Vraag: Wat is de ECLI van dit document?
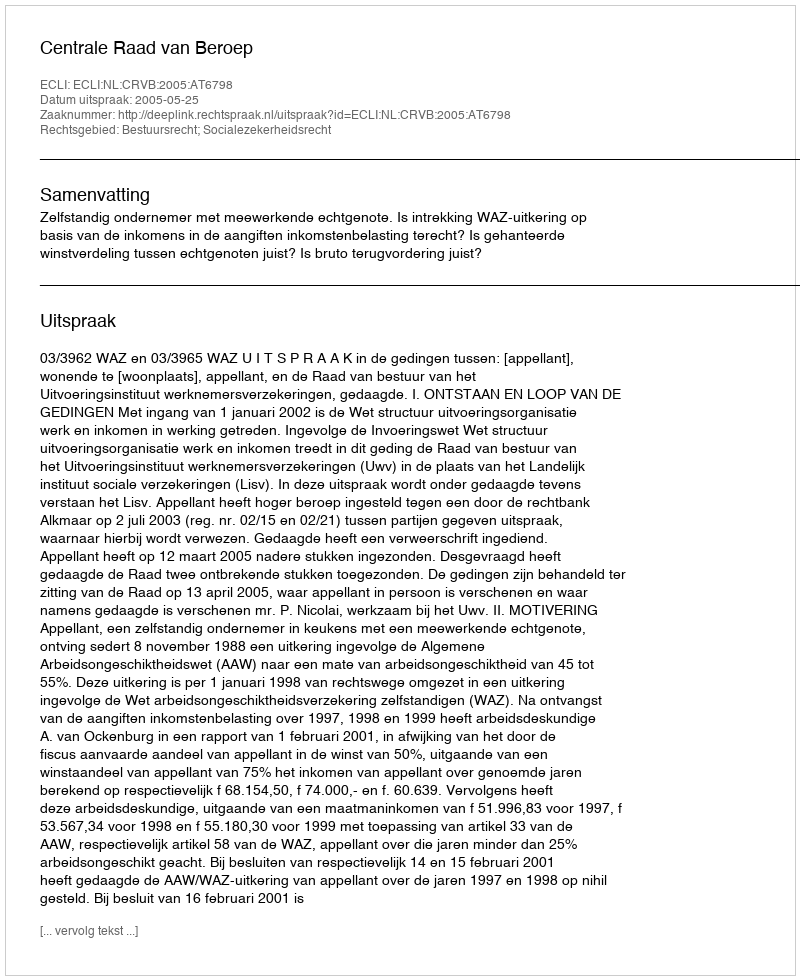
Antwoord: ECLI:NL:CRVB:2005:AT6798